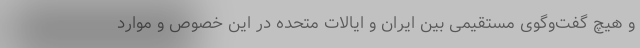
و هیچ گفت‌وگوی مستقیمی بین ایران و ایالات متحده در این خصوص و موارد